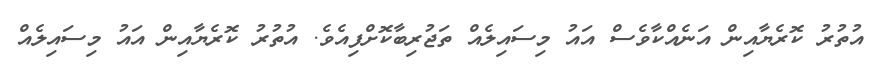
އުތުރު ކޮރެޔާއިން އަނެއްކާވެސް އައު މިސައިލެއް ތަޖުރިބާކޮށްފިއެވެ. އުތުރު ކޮރެޔާއިން އައު މިސައިލެއް